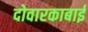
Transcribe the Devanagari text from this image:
दोवारकाबाई